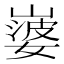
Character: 𡼃